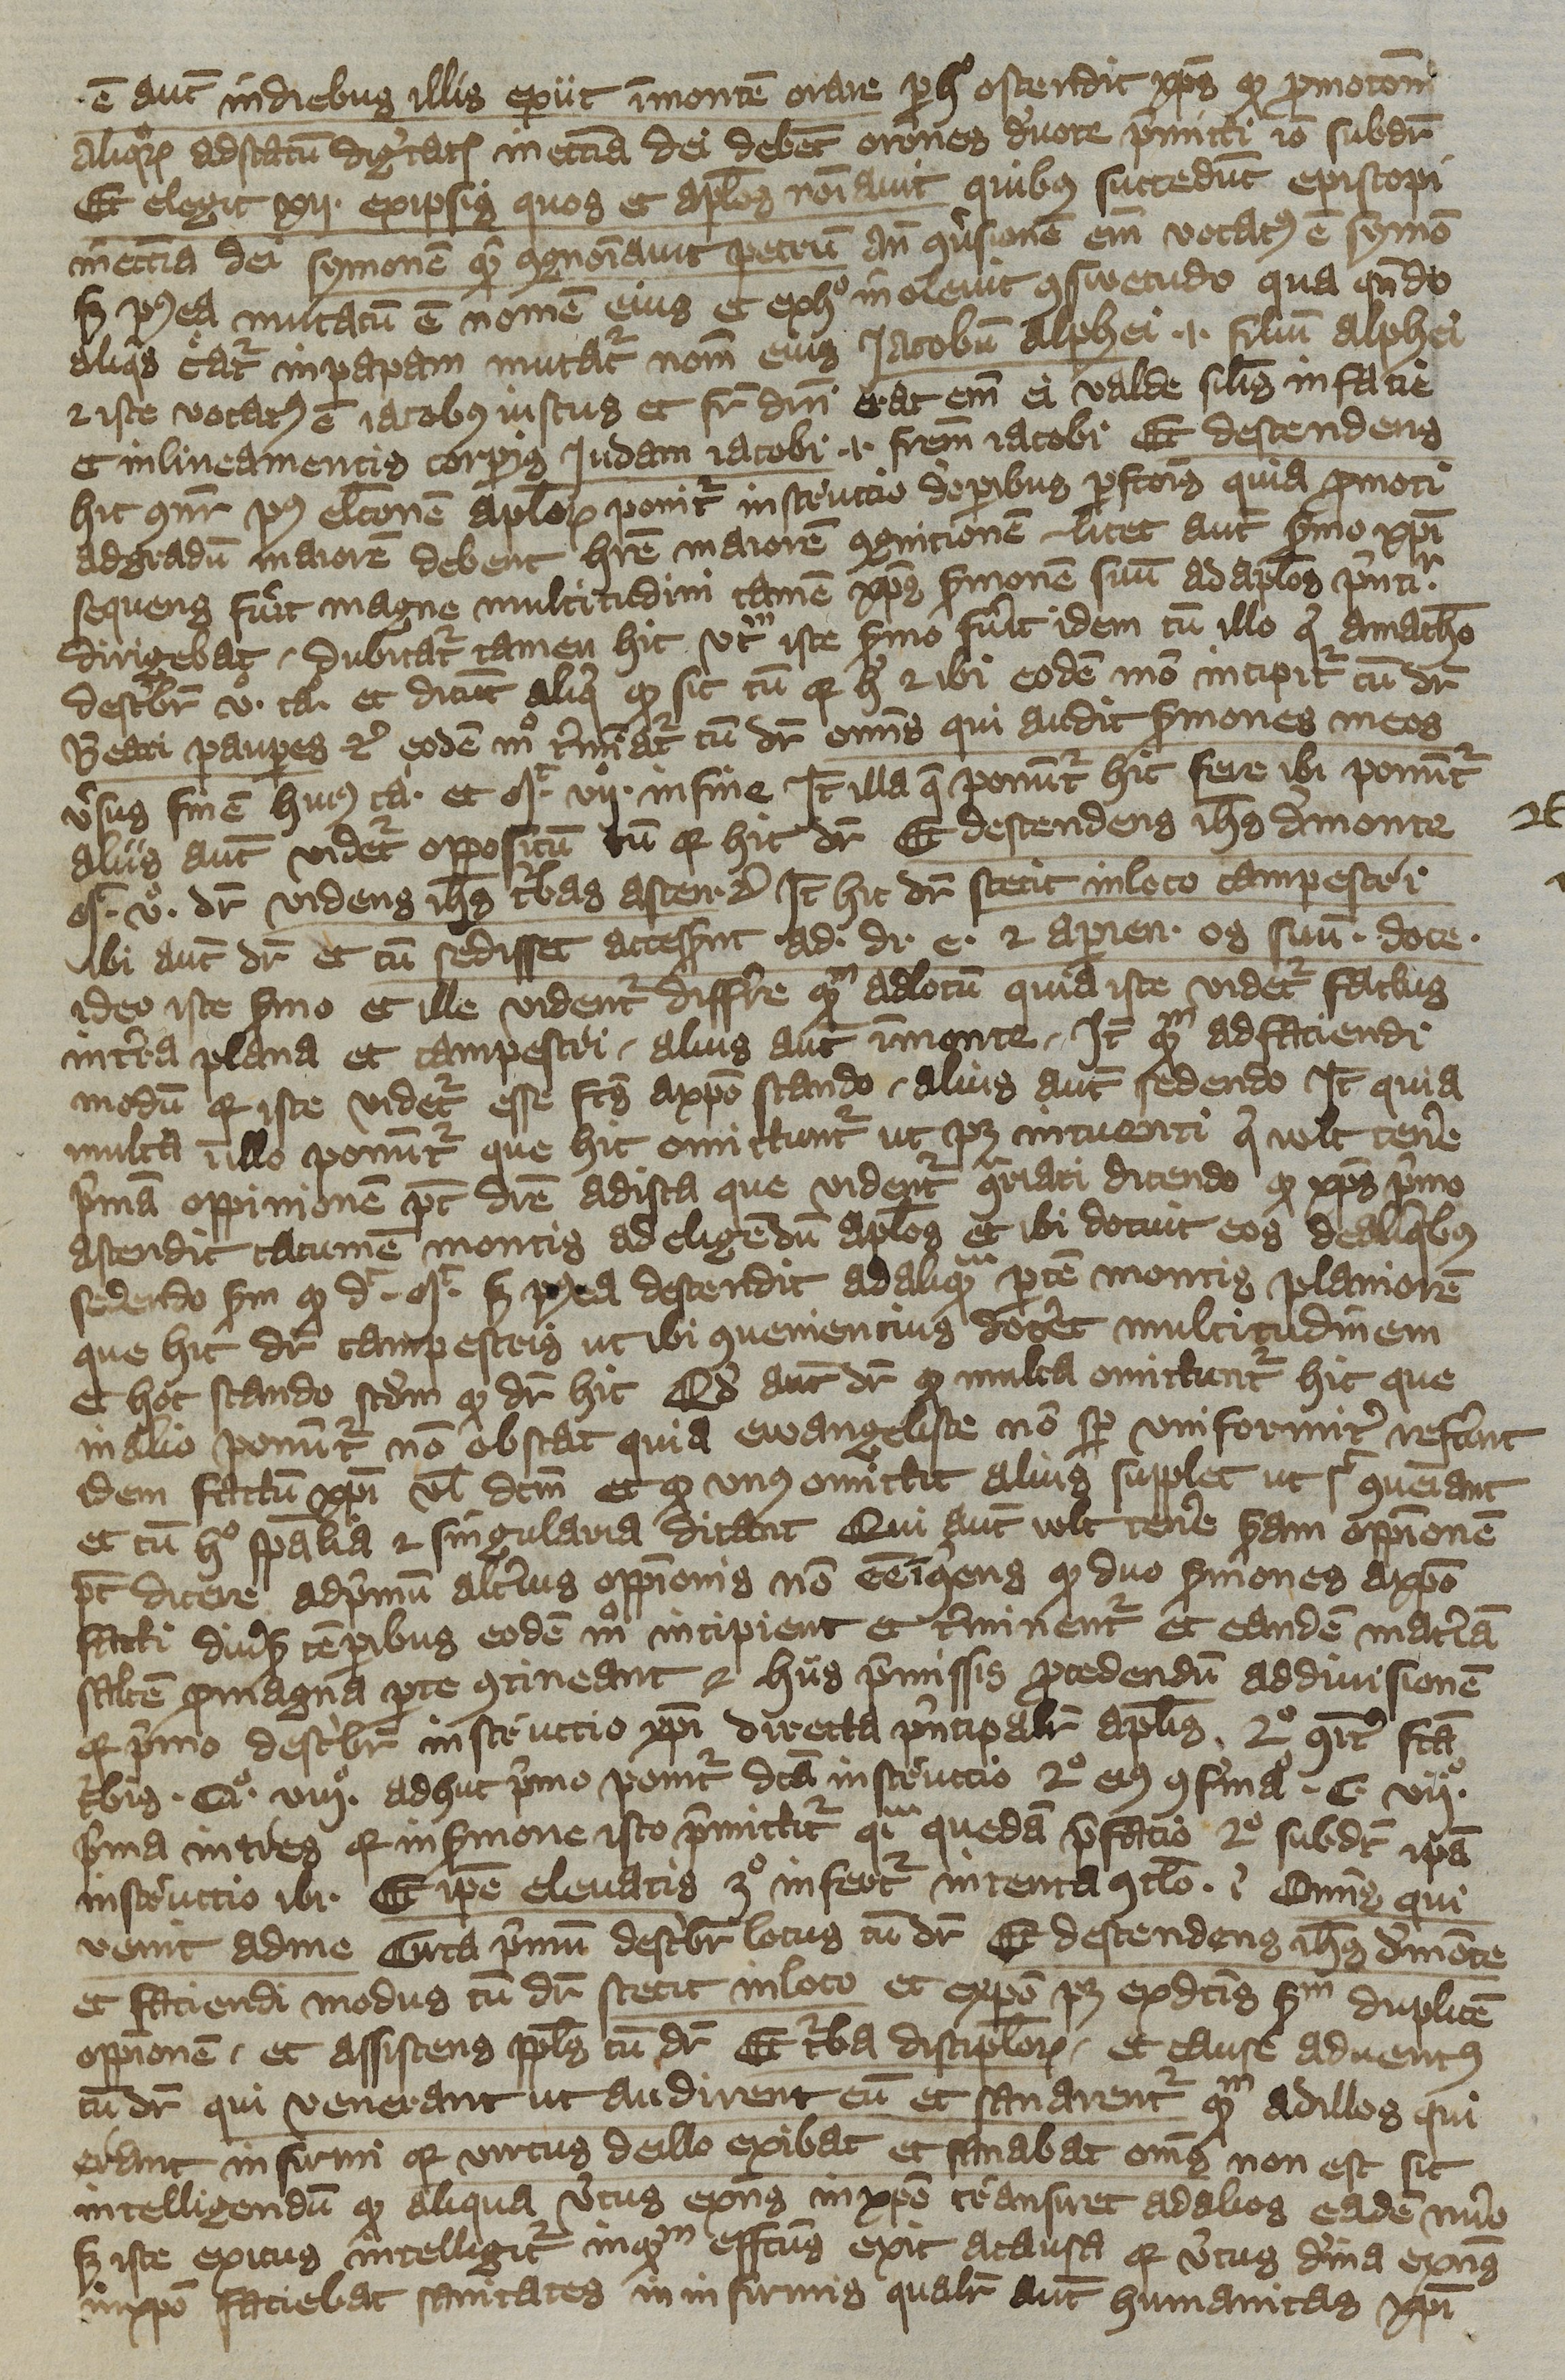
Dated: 1392–1393